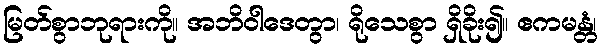
မြတ်စွာဘုရားကို။ အဘိဝါဒေတွာ၊ ရိုသေစွာ ရှိခိုး၍။ ဧကမန္တံ၊